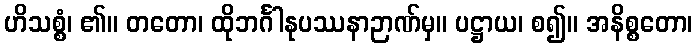
ဟိသစ္စံ၊ ၏။ တတော၊ ထိုဘင်္ဂါနုပဿနာဉာဏ်မှ။ ပဋ္ဌာယ၊ စ၍။ အနိစ္စတော၊